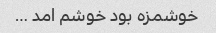
خوشمزه بود خوشم امد …